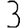
Digit: 3